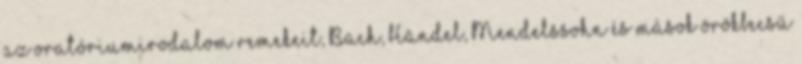
az oratóriumirodalom remekeit, Bach, Händel, Mendelssohn és mások örökbecsű